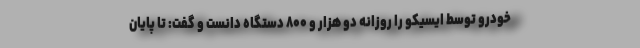
خودرو توسط ایسیکو را روزانه دو هزار و ۸۰۰ دستگاه دانست و گفت: تا پایان